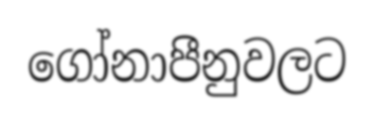
ගෝනාපීනුවලට